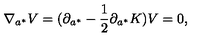
\nabla _ { a ^ { * } } V = ( \partial _ { a ^ { * } } - { \frac { 1 } { 2 } } \partial _ { a ^ { * } } K ) V = 0 ,